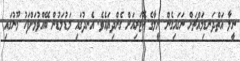
ނީލާ އަތްދަނޑިމައްޗަށް ނަގައިގެން ނީލާގެ ކޮޓަރިއަށް ގެންދިޔައެވެ. އެނދުގައި މަޑުމަޑުން ބޭއްވުމަށްފަހު މޫނުގައި